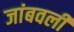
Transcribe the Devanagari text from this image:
जांबवली